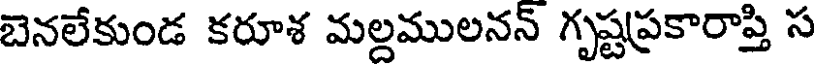
బెనలేకుండ కరూశ మల్దములనన్ గృష్టప్రకారాప్తి స